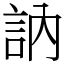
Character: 訥